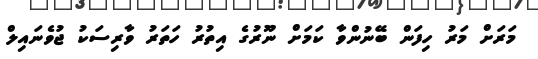
މަރަށް މަރު ހިފަން ބޭނުންވާ ކަމަށް ނޫރުގެ އިތުރު ހަތަރު ވާރިސަކު ޖުވެނައިލް